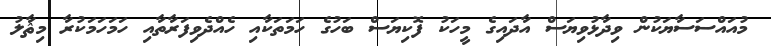
މުއައްސަސާޔަކުން ވިދާޅުވިޔަސް އާދައިގެ މީހަކު ފޮކިޔަސް ބަހުގެ ހަމަތަކާއި ހެއްދެވިފަރާތާއި ހަމަހަމަކުރާ މިޘާލު